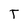
Character: T